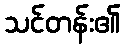
သင်တန်း၏